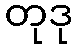
တုဒု